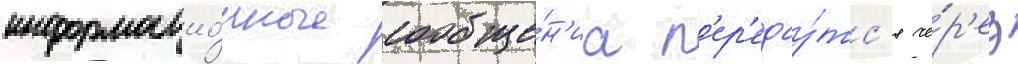
информацио́нные сообще́н'иа п'ер'едау́тс'я че́р'ез